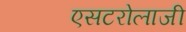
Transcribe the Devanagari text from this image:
एसटरोलाजी